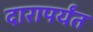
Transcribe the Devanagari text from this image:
दारापर्यंत